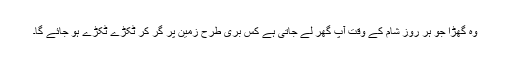
وہ گھڑا جو ہر روز شام کے وقت آپ گھر لے جاتی ہے کس بری طرح زمین پر گر کر ٹکڑے ٹکڑے ہو جائے گا۔